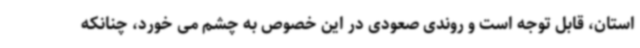
استان، قابل توجه است و روندی صعودی در این خصوص به چشم می خورد، چنانکه